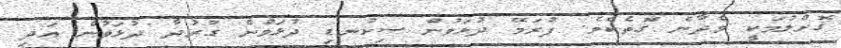
ގޮށްލުމަކީ ވެދާނެ ގޮތެކެވެ. ފުރަމޭ ދުޅަވުން ސިކުނޑި ދުޅަވުން ގުރުދާ ދުޅަވުން އަދި